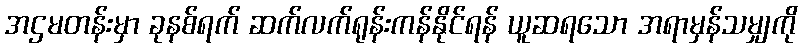
အဌမတန်းမှာ ခုနစ်ရက် ဆက်လက်ရုန်းကန်နိုင်ရန် ယူဆရသော အရာမှန်သမျှကို